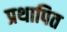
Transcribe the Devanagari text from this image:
प्रथापित